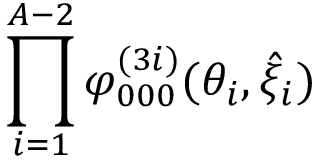
\prod _ { i = 1 } ^ { A - 2 } \varphi _ { 0 0 0 } ^ { ( 3 i ) } ( \theta _ { i } , \hat { \xi } _ { i } )